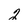
Character: 2